画像に写った文字を読んでください
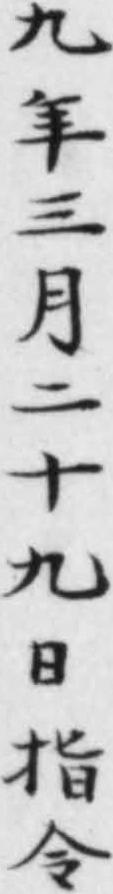
「九年三月二十九日指令」と書いてあります